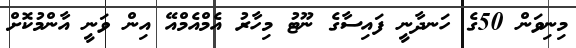
މިނިވަން 50ގެ ހަނދާނީ ފައިސާގެ ނޫޓު މިހާރު އެމްއެމްއޭ އިން ވަނީ އާންމުކޮށް